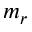
m _ { r }